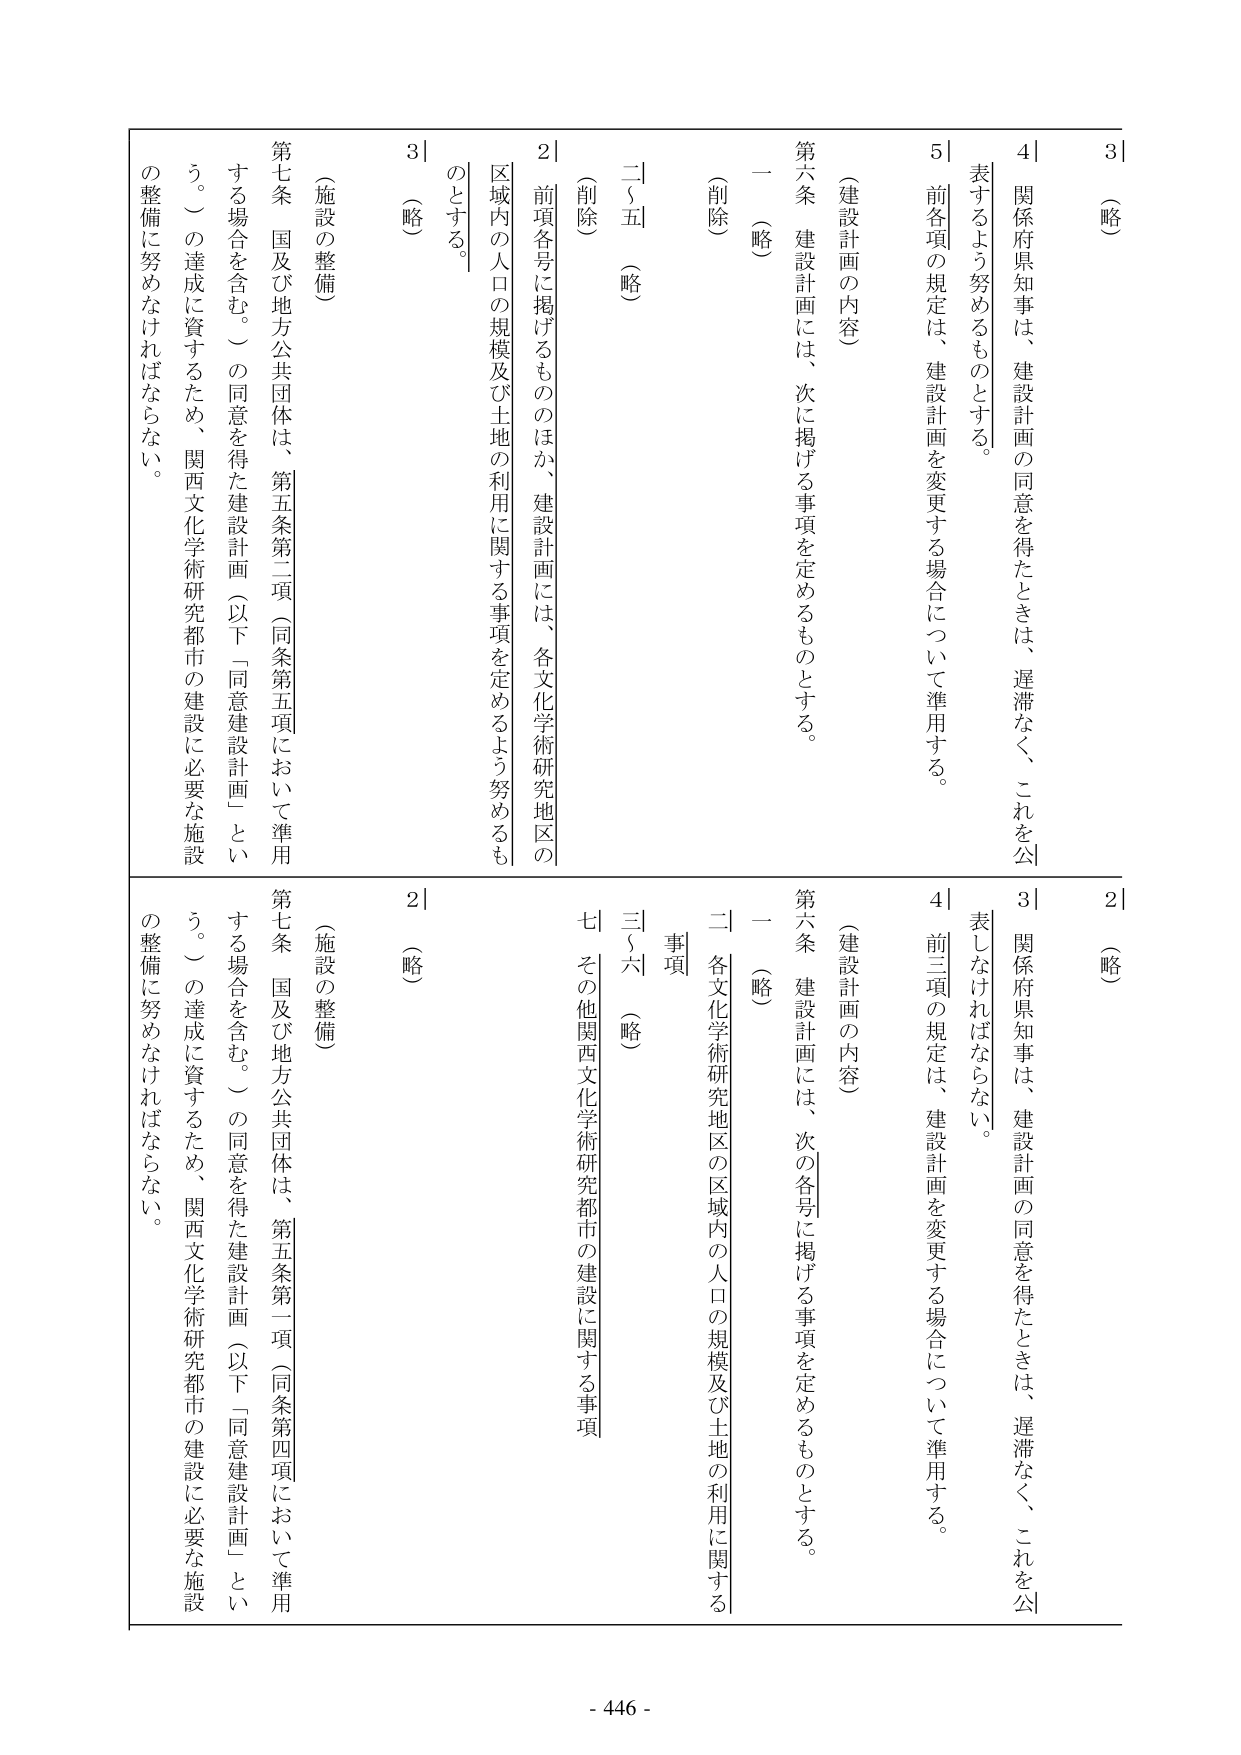
3|（略）
4|関係府県知事は、建設計画の同意を得たときは、遅滞なく、これを公表するよう努めるものとする。
5|前各項の規定は、建設計画を変更する場合について準用する。

（建設計画の内容）
第六条 建設計画には、次に掲げる事項を定めるものとする。
一（略）
（削除）
二～五（略）
2|前項各号に掲げるもののほか、建設計画には、各文化学術研究地区の区域内の人口の規模及び土地の利用に関する事項を定めるよう努めるものとする。
3|（略）

（施設の整備）
第七条 国及び地方公共団体は、第五条第二項（同条第五項において準用する場合を含む。）の同意を得た建設計画（以下「同意建設計画」という。）の達成に資するため、関西文化学術研究都市の建設に必要な施設の整備に努めなければならない。

2|（略）
3|関係府県知事は、建設計画の同意を得たときは、遅滞なく、これを公表しなければならない。
4|前三項の規定は、建設計画を変更する場合について準用する。

（建設計画の内容）
第六条 建設計画には、次の各号に掲げる事項を定めるものとする。
一（略）
二 各文化学術研究地区の区域内の人口の規模及び土地の利用に関する事項
三～六（略）
七 その他関西文化学術研究都市の建設に関する事項

（施設の整備）
第七条 国及び地方公共団体は、第五条第一項（同条第四項において準用する場合を含む。）の同意を得た建設計画（以下「同意建設計画」という。）の達成に資するため、関西文化学術研究都市の建設に必要な施設の整備に努めなければならない。

- 446 -